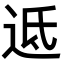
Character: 䢑